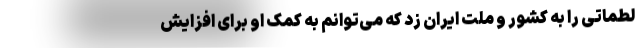
لطماتی را به کشور و ملت ایران زد که می‌توانم به کمک او برای افزایش